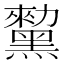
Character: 𪒅